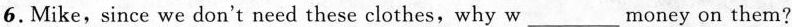
6.Mike,since we don't need these clothes,why w___money on them?